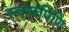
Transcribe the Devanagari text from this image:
स्वरूपिणि